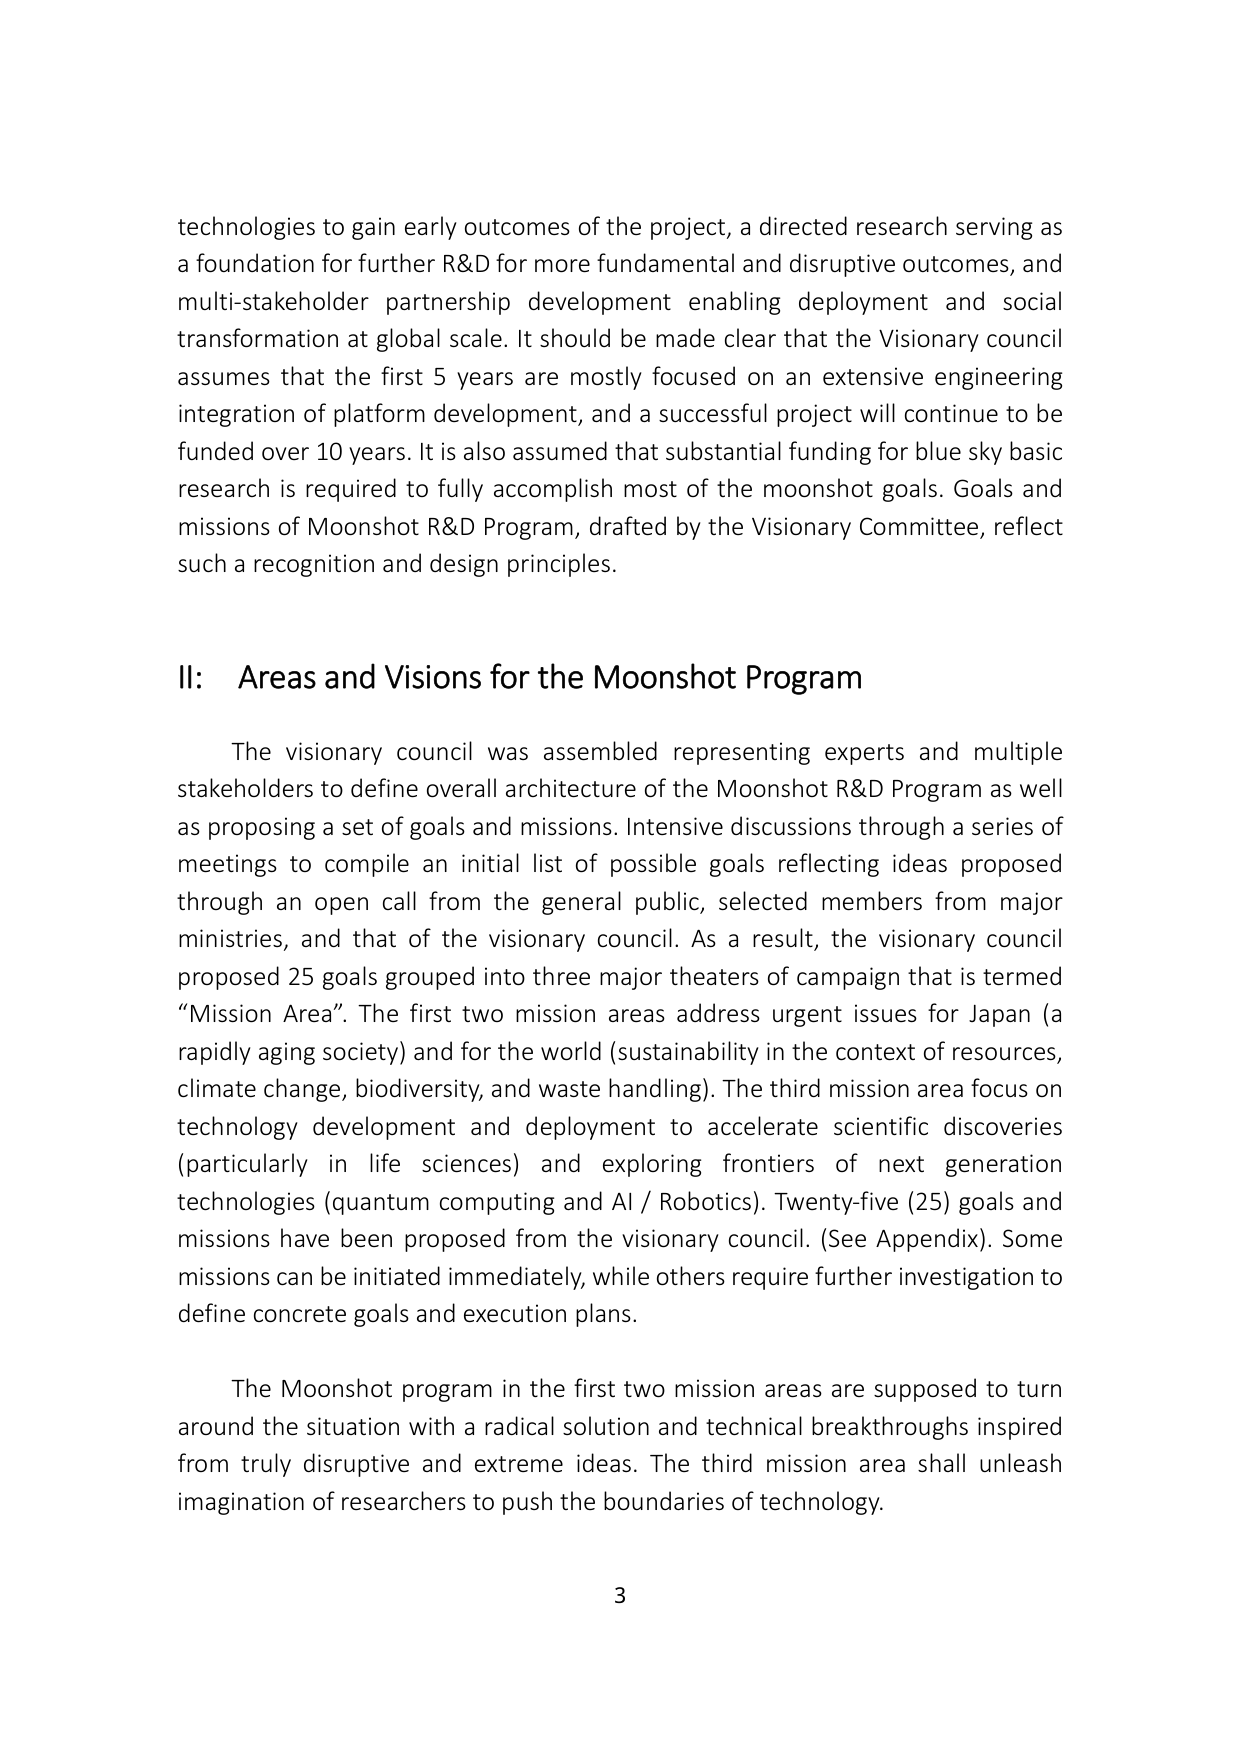
technologies to gain early outcomes of the project, a directed research serving as a foundation for further R&D for more fundamental and disruptive outcomes, and multi-stakeholder partnership development enabling deployment and social transformation at global scale. It should be made clear that the Visionary council assumes that the first 5 years are mostly focused on an extensive engineering integration of platform development, and a successful project will continue to be funded over 10 years. It is also assumed that substantial funding for blue sky basic research is required to fully accomplish most of the moonshot goals. Goals and missions of Moonshot R&D Program, drafted by the Visionary Committee, reflect such a recognition and design principles.

II: Areas and Visions for the Moonshot Program

The visionary council was assembled representing experts and multiple stakeholders to define overall architecture of the Moonshot R&D Program as well as proposing a set of goals and missions. Intensive discussions through a series of meetings to compile an initial list of possible goals reflecting ideas proposed through an open call from the general public, selected members from major ministries, and that of the visionary council. As a result, the visionary council proposed 25 goals grouped into three major theaters of campaign that is termed “Mission Area”. The first two mission areas address urgent issues for Japan (a rapidly aging society) and for the world (sustainability in the context of resources, climate change, biodiversity, and waste handling). The third mission area focus on technology development and deployment to accelerate scientific discoveries (particularly in life sciences) and exploring frontiers of next generation technologies (quantum computing and AI / Robotics). Twenty-five (25) goals and missions have been proposed from the visionary council. (See Appendix). Some missions can be initiated immediately, while others require further investigation to define concrete goals and execution plans.

The Moonshot program in the first two mission areas are supposed to turn around the situation with a radical solution and technical breakthroughs inspired from truly disruptive and extreme ideas. The third mission area shall unleash imagination of researchers to push the boundaries of technology.

3